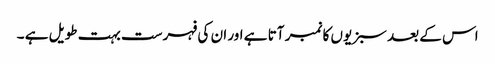
اس کے بعد سبزیوں کا نمبر آتا ہے اور ان کی فہرست بہت طویل ہے ۔